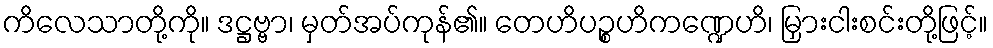
ကိလေသာတို့ကို။ ဒဋ္ဌဗ္ဗာ၊ မှတ်အပ်ကုန်၏။ တေဟိပဉ္စဟိကဏ္ဍေဟိ၊ မြှားငါးစင်းတို့ဖြင့်။